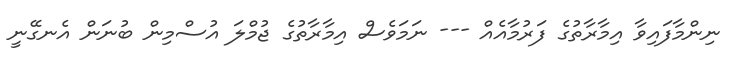
ނިންމާފައިވާ އިމާރާތުގެ ފަރުމާއެއް --- ނަމަވެސް އިމާރާތުގެ ޖުމްލަ އުސްމިން ބުނަން އެނގޭނީ